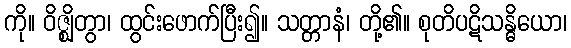
ကို။ ဝိဇ္ဈိတွာ၊ ထွင်းဖောက်ပြီး၍။ သတ္တာနံ၊ တို့၏။ စုတိပဋိသန္ဓိယော၊